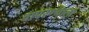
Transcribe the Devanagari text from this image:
वापरण्याला